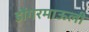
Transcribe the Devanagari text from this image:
डोंगरमाऊली